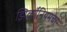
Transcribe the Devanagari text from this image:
झिर्कोनियमचा